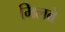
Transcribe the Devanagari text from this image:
मिलब्रे